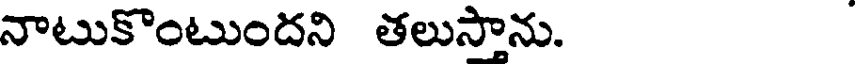
నాటుకొంటుందని తలుసాను.